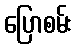
ပြောစမ်း